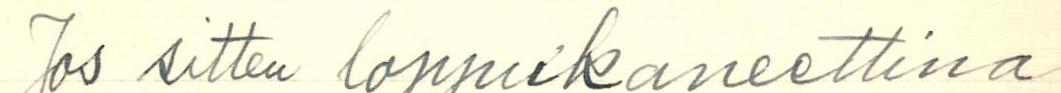
Jos sitten loppukaneettina